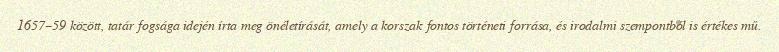
1657–59 között, tatár fogsága idején írta meg önéletírását, amely a korszak fontos történeti forrása, és irodalmi szempontból is értékes mű.